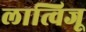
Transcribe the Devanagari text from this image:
लात्विजू